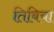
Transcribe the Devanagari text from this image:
तिबिया